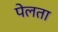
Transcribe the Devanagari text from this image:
पेलता